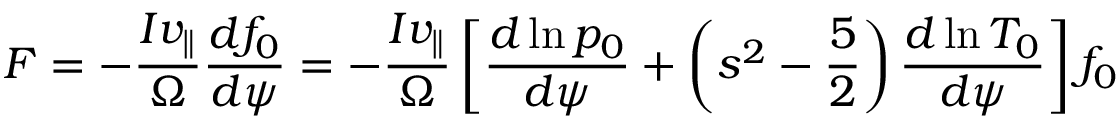
F = - \frac { I v _ { \| } } { \Omega } \frac { d f _ { 0 } } { d \psi } = - \frac { I v _ { \| } } { \Omega } \left[ \frac { d \ln p _ { 0 } } { d \psi } + \left( s ^ { 2 } - \frac { 5 } { 2 } \right) \frac { d \ln T _ { 0 } } { d \psi } \right] f _ { 0 }